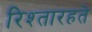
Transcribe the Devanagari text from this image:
रिश्तारहते